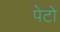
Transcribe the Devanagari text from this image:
पेटो